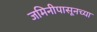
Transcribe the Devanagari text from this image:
जमिनीपासूनच्या